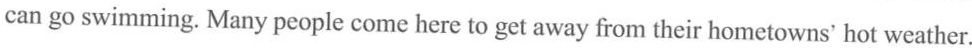
can go swimming. Many people come here to get away from their hometowns' hot weather.